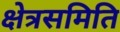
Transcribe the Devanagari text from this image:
क्षेत्रसमिति